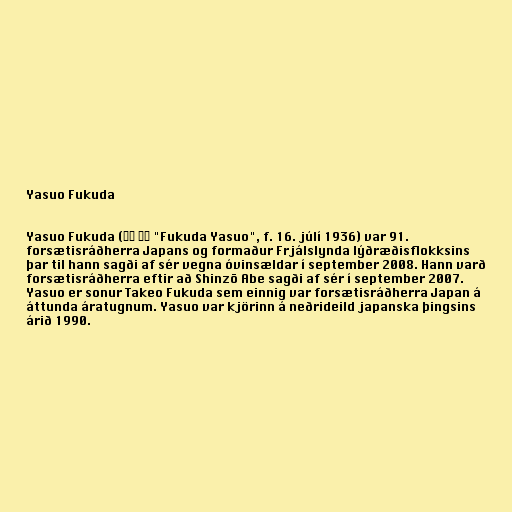
Yasuo Fukuda

Yasuo Fukuda (福田 康夫 "Fukuda Yasuo", f. 16. júlí 1936) var 91.
forsætisráðherra Japans og formaður Frjálslynda lýðræðisflokksins
þar til hann sagði af sér vegna óvinsældar í september 2008. Hann varð
forsætisráðherra eftir að Shinzō Abe sagði af sér í september 2007.
Yasuo er sonur Takeo Fukuda sem einnig var forsætisráðherra Japan á
áttunda áratugnum. Yasuo var kjörinn á neðrideild japanska þingsins
árið 1990.